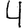
Digit: 4